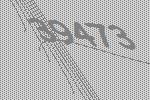
39473